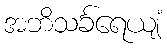
အဘိသင်္ခရေယျံ